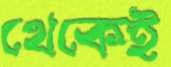
থেকেই